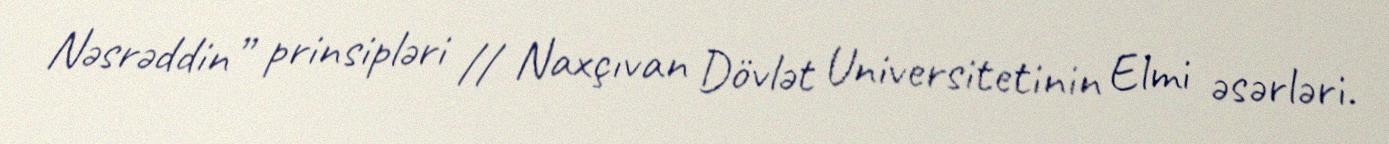
Nəsrəddin” prinsipləri // Naxçıvan Dövlət Universitetinin Elmi əsərləri.